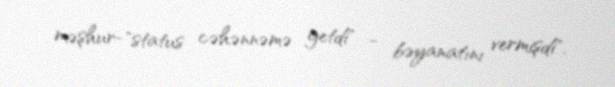
məşhur-"status cəhənnəmə getdi" - bəyanatını vermişdi".